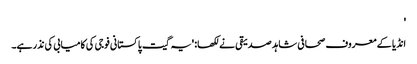
'
انڈیا کے معروف صحافی شاہد صدیقی نے لکھا: 'یہ گیت پاکستانی فوجی کی کامیابی کی نذر ہے۔